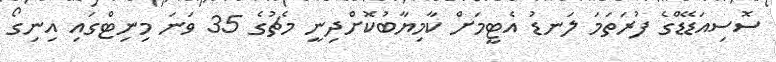
ސޮސިއަޑޭޑްގެ ފުރަތަމަ ލަނޑު އެޓީމަށް ކާމިޔާބުކޮށްދިނީ މެޗުގެ 35 ވަނަ މިނިޓްގައި އިނިގޯ